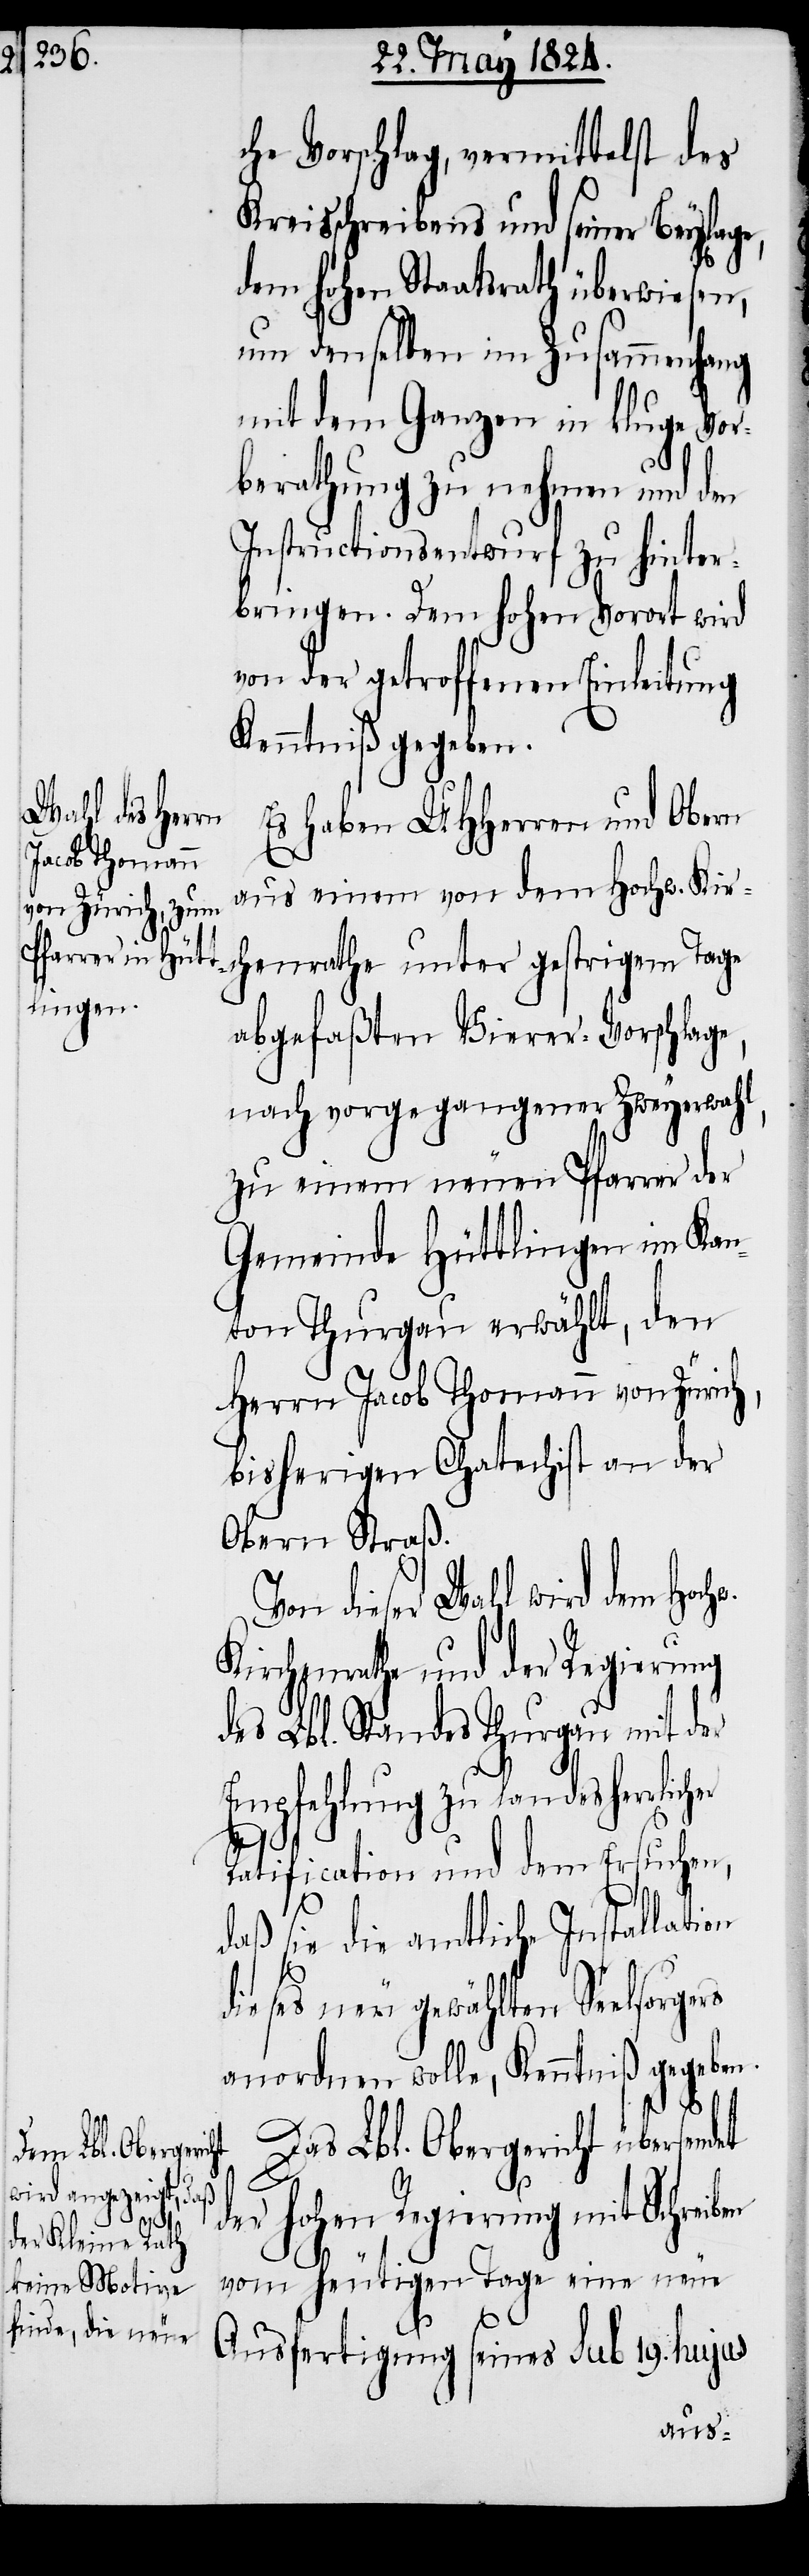
che Vorschlag, vermittelst des
Kreisschreibens und seiner Beylage,
dem hohen Staatsrath überwiesen,
um denselben im Zusammenhang
mit dem Ganzen in kluge Vor¬
berathung zu nehmen und den
Instructionsentwurf zu hinter¬
bringen. Dem hohen Vorort wird
von der getroffenen Einleitung
Kenntniß gegeben.
Es haben UHHerren und Obern
aus einem von dem Hochw. Kir¬
chenrathe unter gestrigem Tage
abgefaßten Vierer-Vorschlage,
nach vorgegangener Zweyerwahl,
zu einem neuen Pfarrer der
Gemeinde Hüttlingen im Kan¬
ton Thurgau erwählt, den
Herrn Jacob Thomann von Zürich,
bisherigen Chatechist an der
Obern Straß.
dieser Wahl wird dem Hoch¬
Kirchenrathe und der Regierung
des Lbl. Standes Thurgau mit der
Empfehlung zu landesherrlicher
Ratification und dem Ersuchen,
rs
daß sie die amtliche Installation
dieses neu gewählten Seelsorge¬
anordnen wolle, Kenntniß gegeben.
Das Lbl. Obergericht übersendet
der hohen Regierung mit Schreiben
vom heutigen Tage eine neue
Ausfertigung seines sub 19. hujus